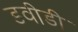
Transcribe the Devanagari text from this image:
डवीडी